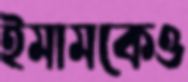
ইমামকেও